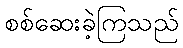
စစ်ဆေးခဲ့ကြသည်